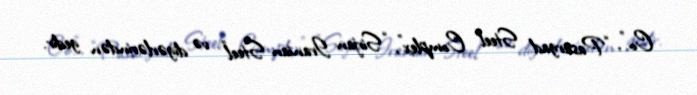
Co.”, “Pasargad Steel Complex”, “Sirjan Iranian Steel” və digərlərindən gedir.